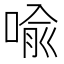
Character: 喩